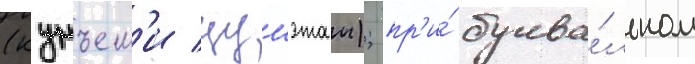
(кунъем'и цумэтаи); пр'и́ буква́льном